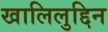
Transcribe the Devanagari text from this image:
खालिलुद्दिन